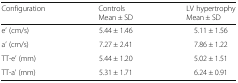
| Configuration | ControlsMean ± SD | LV hypertrophyMean ± SD |
 | --- | --- | --- |
 | e’ (cm/s) | 5.44 ± 1.46 | 5.11 ± 1.56 |
 | a’ (cm/s) | 7.27 ± 2.41 | 7.86 ± 1.22 |
 | TT-e’ (mm) | 5.44 ± 1.20 | 5.02 ± 1.51 |
 | TT-a’ (mm) | 5.31 ± 1.71 | 6.24 ± 0.91 |